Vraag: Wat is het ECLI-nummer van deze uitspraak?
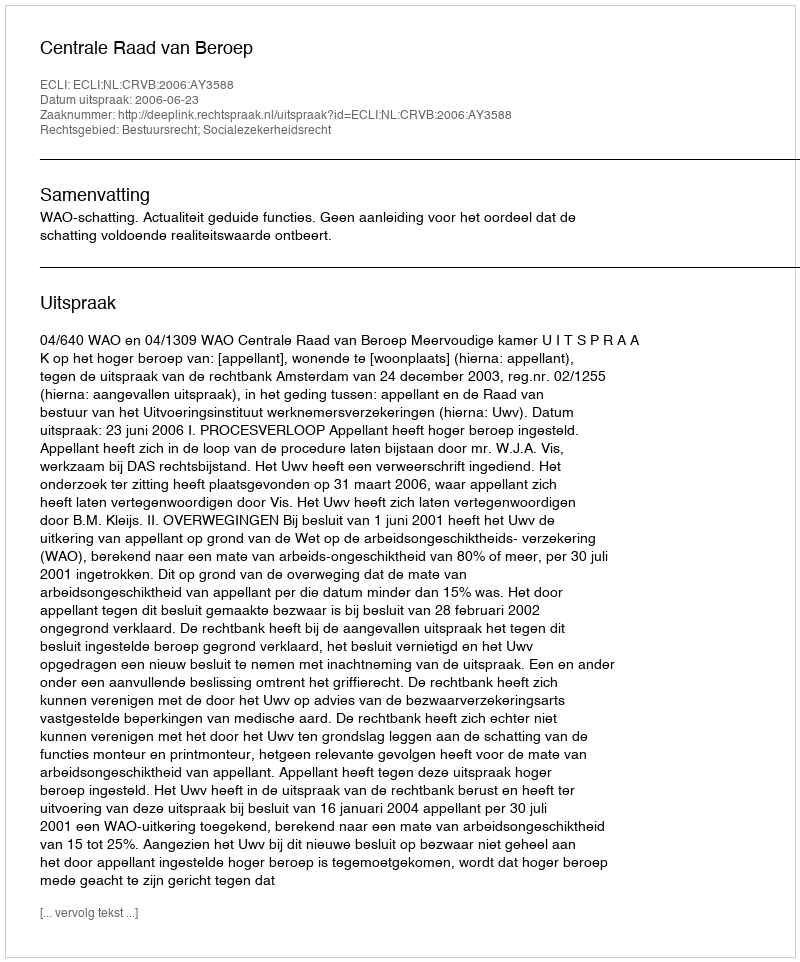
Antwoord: ECLI:NL:CRVB:2006:AY3588